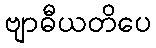
ဗျာဓီယတိပေ